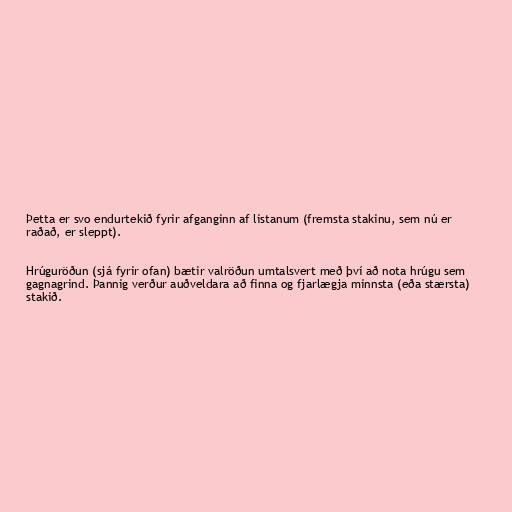
Þetta er svo endurtekið fyrir afganginn af listanum (fremsta stakinu, sem nú er
raðað, er sleppt).

Hrúguröðun (sjá fyrir ofan) bætir valröðun umtalsvert með því að nota hrúgu sem
gagnagrind. Þannig verður auðveldara að finna og fjarlægja minnsta (eða stærsta)
stakið.